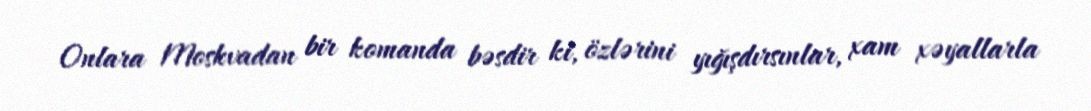
Onlara Moskvadan bir komanda bəsdir ki, özlərini yığışdırsınlar, xam xəyallarla